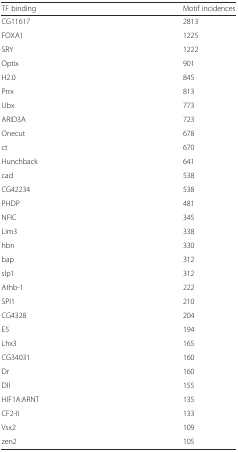
| TF binding | Motif incidences |
 | --- | --- |
 | CG11617 | 2813 |
 | FOXA1 | 1225 |
 | SRY | 1222 |
 | Optix | 901 |
 | H2.0 | 845 |
 | Prrx | 813 |
 | Ubx | 773 |
 | ARID3A | 723 |
 | Onecut | 678 |
 | ct | 670 |
 | Hunchback | 641 |
 | cad | 538 |
 | CG42234 | 538 |
 | PHDP | 481 |
 | NFIC | 345 |
 | Lim3 | 338 |
 | hbn | 330 |
 | bap | 312 |
 | slp1 | 312 |
 | Athb-1 | 222 |
 | SPI1 | 210 |
 | CG4328 | 204 |
 | E5 | 194 |
 | Lhx3 | 165 |
 | CG34031 | 160 |
 | Dr | 160 |
 | Dll | 155 |
 | HIF1A:ARNT | 135 |
 | CF2-II | 133 |
 | Vsx2 | 109 |
 | zen2 | 105 |